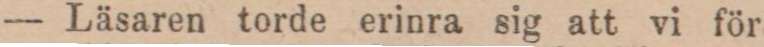
— Läsaren torde erinra sig att vi för